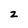
Character: 2